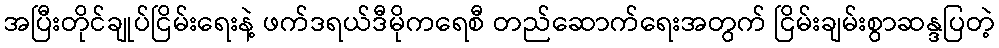
အပြီးတိုင်ချုပ်ငြိမ်းရေးနဲ့ ဖက်ဒရယ်ဒီမိုကရေစီ တည်ဆောက်ရေးအတွက် ငြိမ်းချမ်းစွာဆန္ဒပြတဲ့